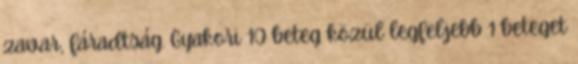
zavar, fáradtság. Gyakori 10 beteg közül legfeljebb 1 beteget